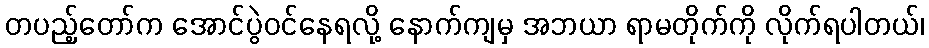
တပည့်တော်က အောင်ပွဲဝင်နေရလို့ နောက်ကျမှ အဘယာ ရာမတိုက်ကို လိုက်ရပါတယ်၊